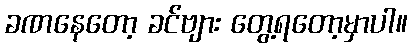
ခဏနေတော့ ခင်ဗျား တွေ့ရတော့မှာပါ။